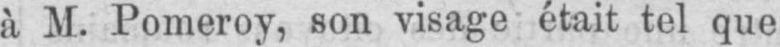
à M. Pomeroy, son visage était tel que